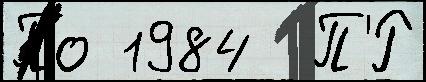
По 1984  П'́Р